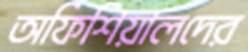
অফিশিয়ালদের